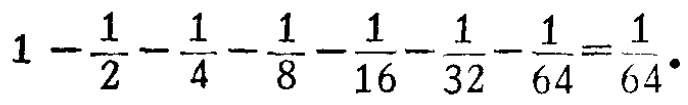
$1 - \frac{1}{2} - \frac{1}{4} - \frac{1}{8} - \frac{1}{16} - \frac{1}{32} - \frac{1}{64} = \frac{1}{64}.$